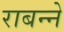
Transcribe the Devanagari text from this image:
राबन्ने